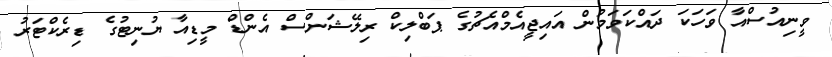
ވީނިއުސްއާ ވަހަކަ ދައްކަވަމުން އައިޖީއެމްއެޗުގެ ޕަބްލިކް ރިލޭޝަންސް އެންޑް މީޑިއާ ޔުނިޓުގެ ޑިރެކްޓަރު